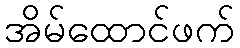
အိမ်ထောင်ဖက်